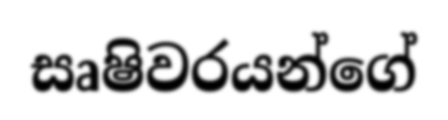
සෘෂිවරයන්ගේ